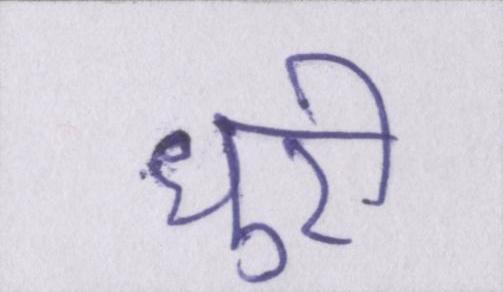
धुरी